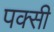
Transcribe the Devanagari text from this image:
पक्सी